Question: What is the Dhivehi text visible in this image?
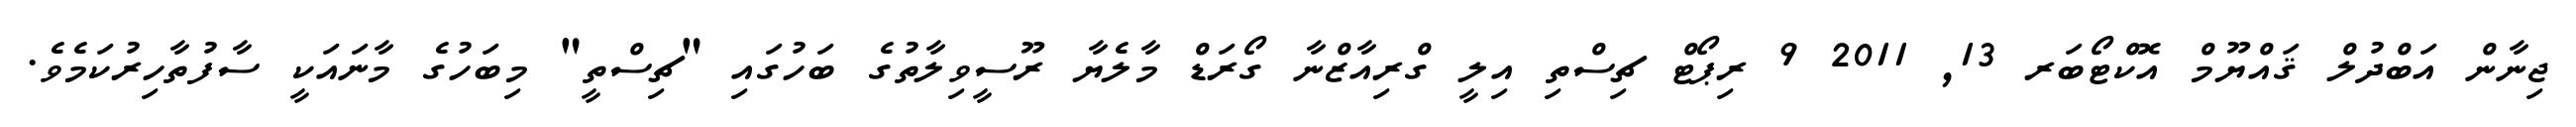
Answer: ޖިނާން އަބްދުލް ޤައްޔޫމް އޮކްޓޯބަރ 13, 2011 9 ރިޕޯޓް ޗިސްތި އިލީ ގްރިއާޒްނާ ގޯރަޑް މާލެޔާ ރޫސީވިލާތުގެ ބަހުގައި "ޗިސްތީ" މިބަހުގެ މާނައަކީ ސާފުތާހިރުކަމެވެ.